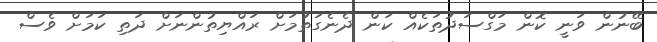
ބޭނުން ވަނީ ކޮން މަގްސަދުތަކެއް ކަން ދެނެގަތުމަށް ރައްޔިތުންނަށް ދަތި ކަމަށް ވެސް